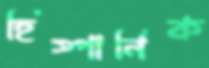
হিস্পানিক